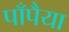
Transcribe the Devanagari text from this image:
पाँपैया